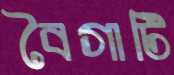
বৈগাটি